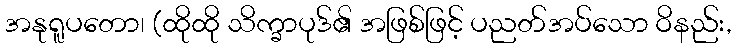
အနုရူပတော၊ (ထိုထို သိက္ခာပုဒ်၏ အဖြစ်ဖြင့် ပညတ်အပ်သော ဝိနည်း,